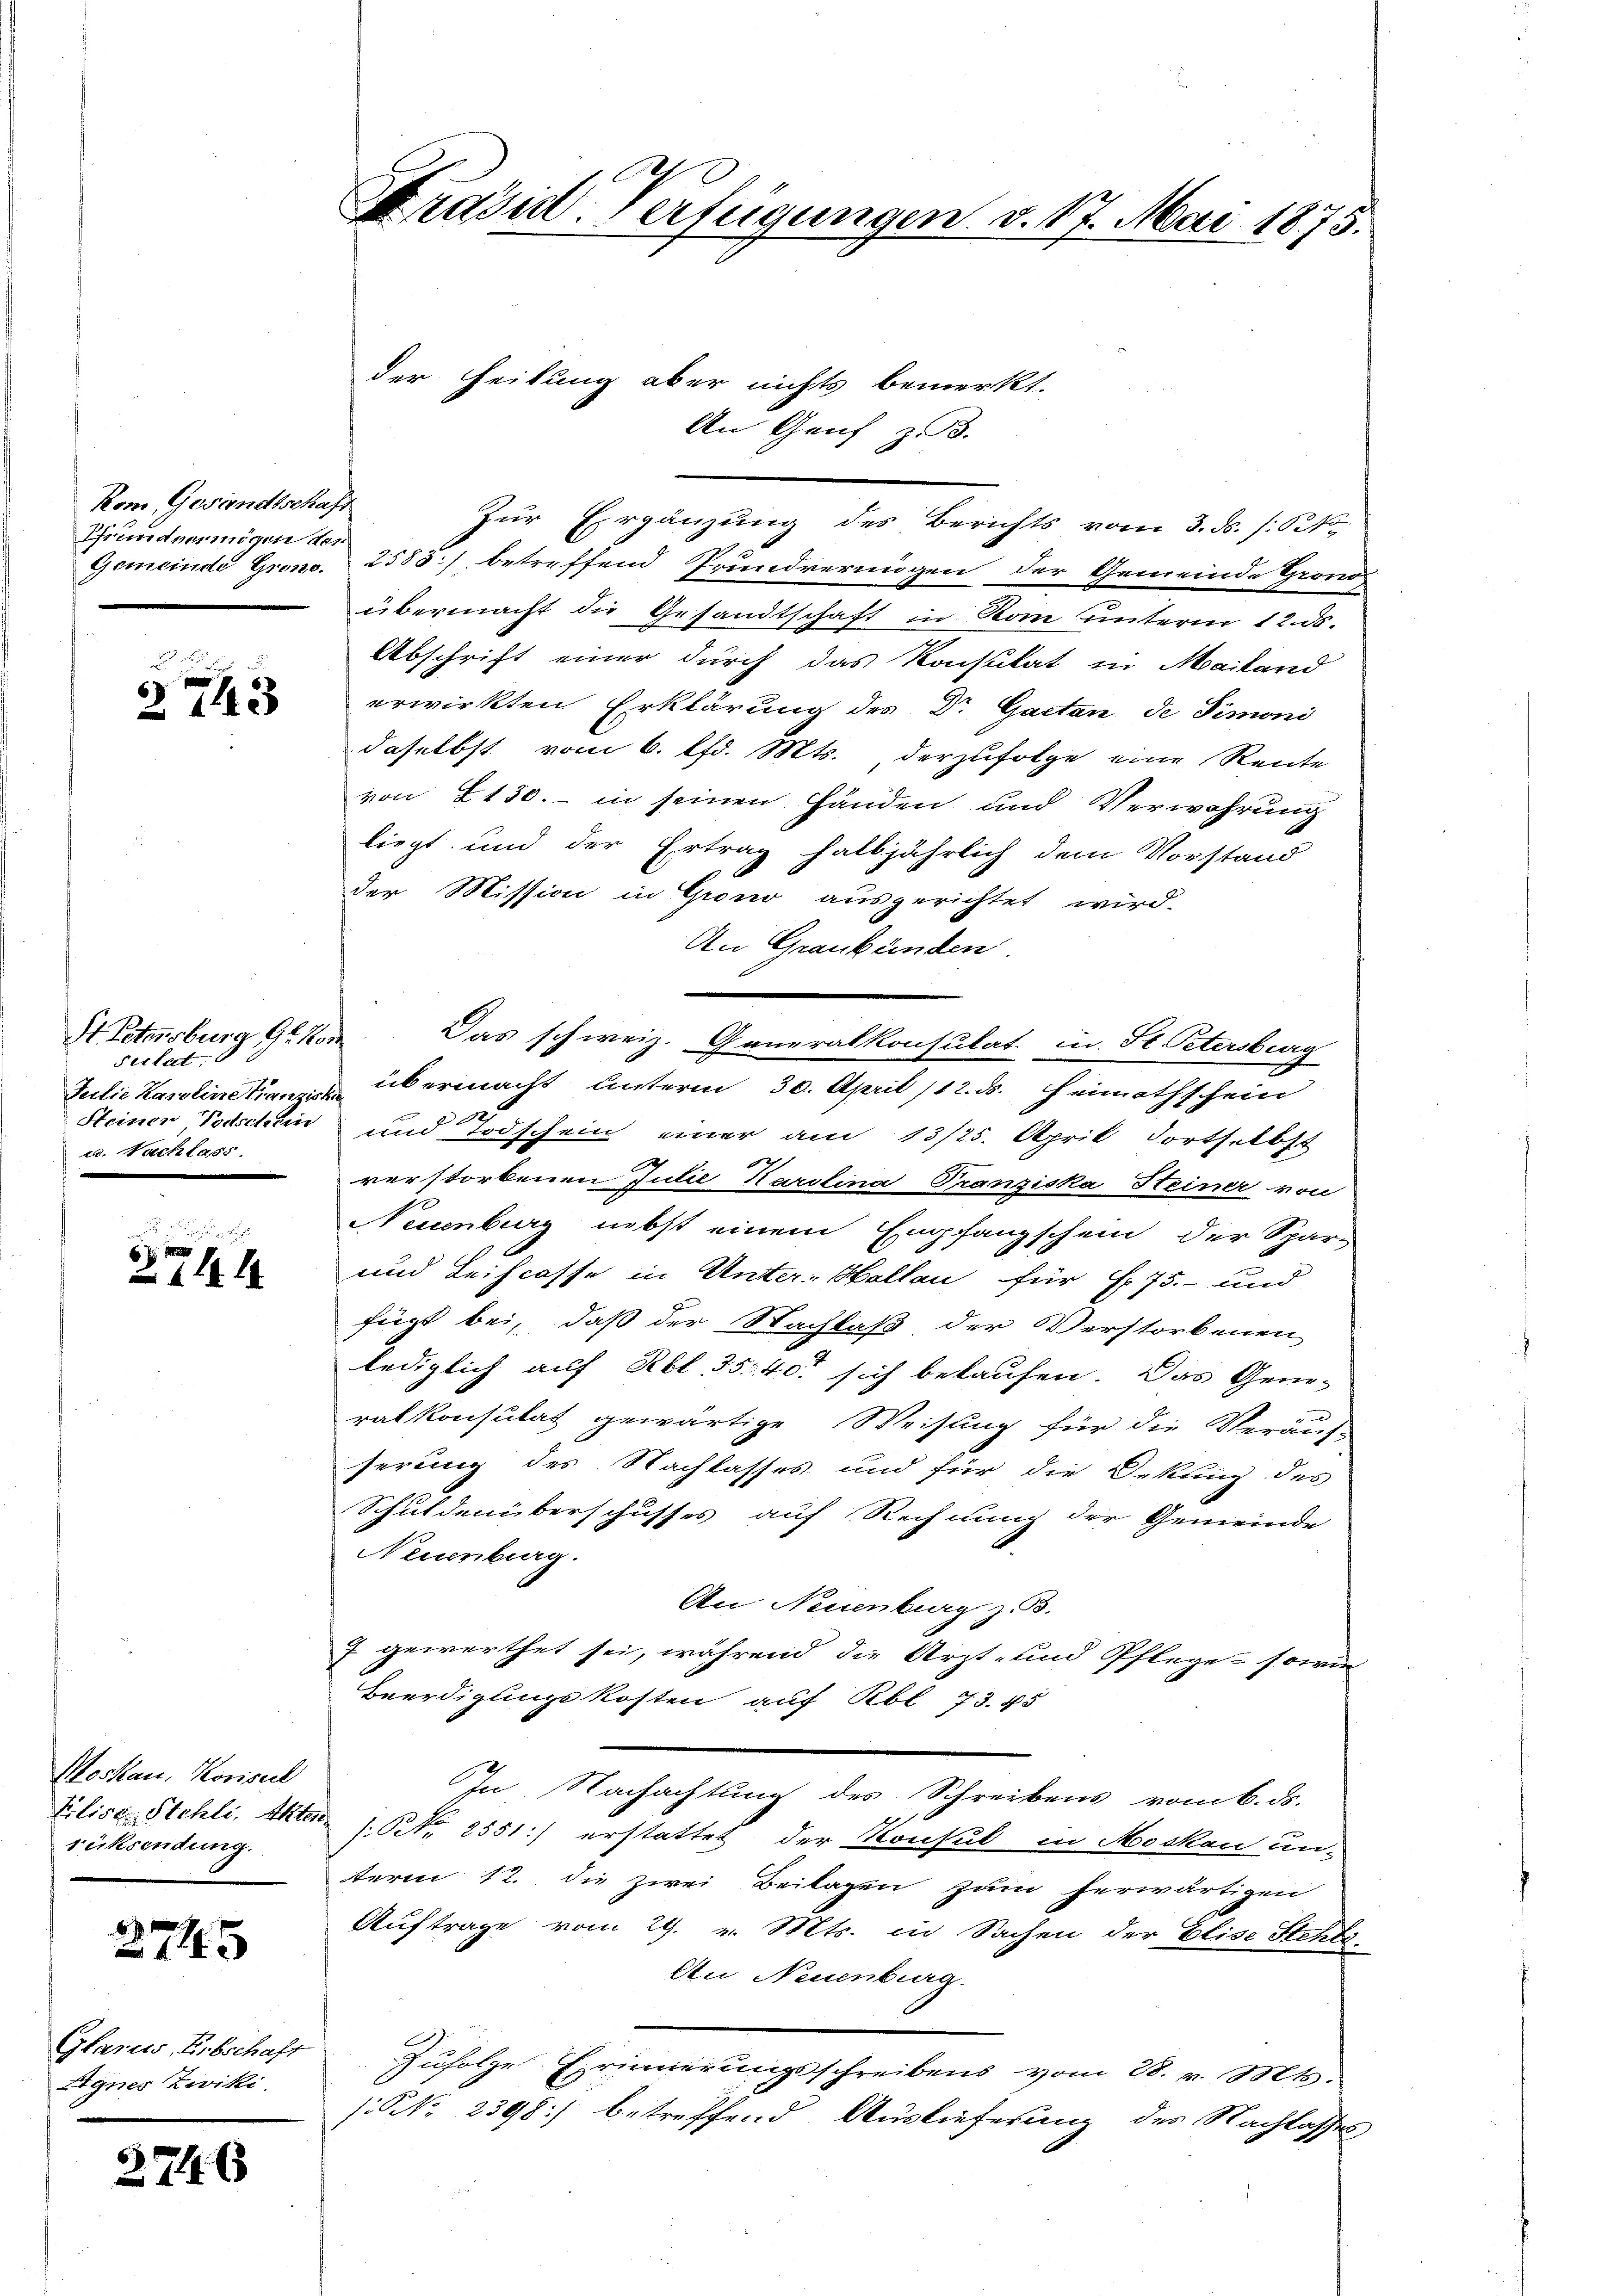
Kom, Gesandtschaft
Pfrund einigen vor
Gemeinde Grono.

G
2743

St. Petersburg 9. Nor
Seitet, b
Steinen Todschen
u. Nachlass.

271. 14.

Moskau, Koriserl
Erlist. Stehli, Akten
rüksendung.

2745

Glarus, Erbschaft
Agnes Zwiki,

2746

Präsid-Verfügungen v. 17. Mai 1875.

An Genf z. B.
Zur Ergänzung des Berichts vom 3. ds. /: 6 No
2583) betreffend Grundvermögen der Gemeinde Grono
übermacht die Gesandtschaft in Rom unterm 12. ds.
Abschrift einer durch das Konsulat in Mailand
erwirkten Erklärung des Dr Garten de Simoni
daselbst vom 6. lfd. Mts. derzufolge eine Rente
von 2150.- in seinen Händen und Verwahrung
liegt und der Ertrag halbjährlich dem Vorstand
der Mission in Grono ausgerichtet wird.
An Graubünden.
Das schweiz. Generalkonsulat in St. Petersburg
e
Julie Karoline Franz übermacht unterm 30. April 112. d. Heimathschein
und Todschein einer am 13/25. April dortselbst
verstorbenen Julie Karolina Franziska Steiner von
Neuenburg nebst einem Empfangschein der Spar-
und Leihcasse in Unter-Hallen für Fr. 75.- und
fügt bei, daß der Nachlaß der Verstorbenen
lediglich auf Rbl. 35. 40. sich bekaufen. Das Gene-
ralkonsulat gewärtige Weisung für die Verauf-
serung des Nachlasses und für die Dekung des
Schuldenüberschusses auf Rechnung der Gemeinde
Neuenburg.
An Neuenburg z. B.
7 gewerthet sei, während die Arzt- und Pflege - sowie
Beerdigungskosten auf Rbl. 73. 45
In Nachachtung des Schreibens vom 6. ds.
(Nr. 2551) erstattet der Konsul in Moskau un-
term 12. die zwei Beilagen zum herwärtigen
Auftrage vom 29. v. Mts. in Sachen der Elise Stehli
An Neuenburg.
Zufolge Erinnerungsschreibens vom 28. v. Mts.
(NNo. 2398) betreffend Auslieferung des Nachlasses

der Heilung aber nichts bemerkt.